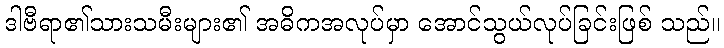
ဒါဗီရာ၏သားသမီးများ၏ အဓိကအလုပ်မှာ အောင်သွယ်လုပ်ခြင်းဖြစ် သည်။